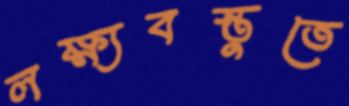
লক্ষ্যবস্তুতে